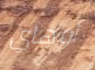
أوهاي